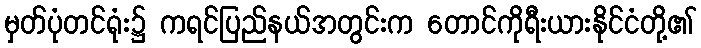
မှတ်ပုံတင်ရုံး၌ ကရင်ပြည်နယ်အတွင်းက တောင်ကိုရီးယားနိုင်ငံတို့၏